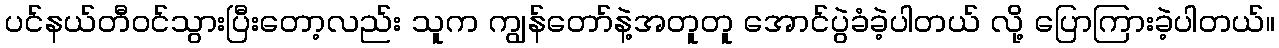
ပင်နယ်တီဝင်သွားပြီးတော့လည်း သူက ကျွန်တော်နဲ့အတူတူ အောင်ပွဲခံခဲ့ပါတယ် လို့ ပြောကြားခဲ့ပါတယ်။